Report on vaccination in Madras 1922-1929 - 1922-1929
Year: 1922
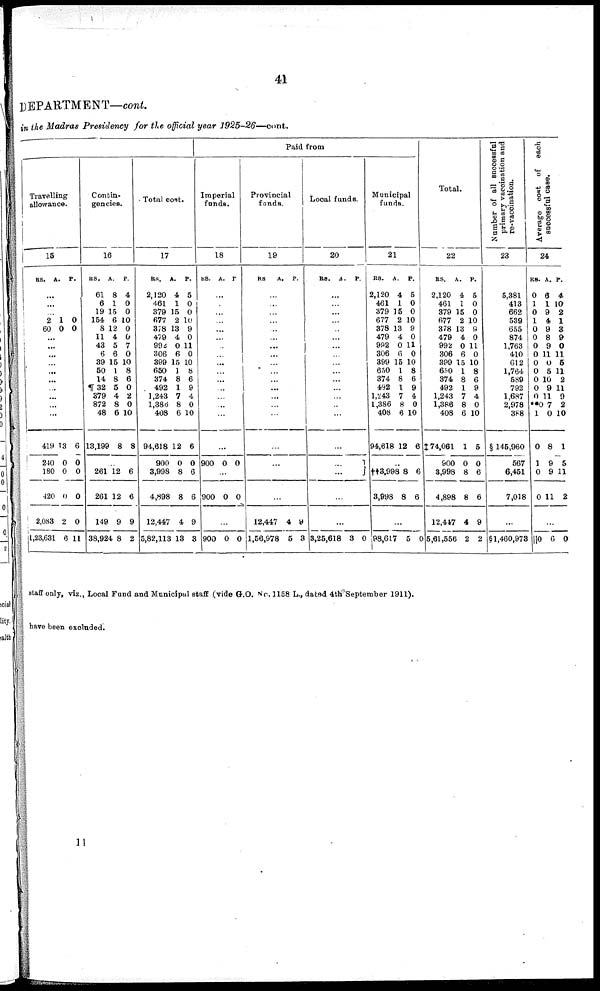
41
DEPARTMENT—cont.
in the Madras Presidency for the official year
1925-26—cont.
Paid from
Travelling
allowance.
15
RS. A. P.
...
...
...
2
60
1
0
0
0
...
...
...
...
...
...
...
...
...
...
419
240
180
420
2,083
1,23,631
13
0
0
0
2
6
6
0
0
0
0
11
Contin-
gencies.
16
RS.
61
6
19
154
8
11
43
6
39
50
14
¶32
379
872
48
13,199
A.
8
1
15
6
12
4
5
6
15
1
8
5
4
8
6
8
P.
4
0
0
10
0
0
7
0
10
8
6
0
2
0
10
8
...
261
261
149
38,924
12
12
9
8
6
6
9
2
Total cost.
17
RS.
2,120
461
379
677
378
479
992
306
399
650
374
492
1,243
l,386
408
94,618
900
3,998
4,498
12,447
5,82,113
A.
4
1
15
2
13
4
0
6
15
1
8
1
7
8
6
12
0
8
8
4
13
P.
5
0
0
10
9
0
11
0
10
8
6
9
4
0
10
6
0
6
6
9
3
Imperial
funds.
18
RS. A. P.
...
...
...
...
...
...
...
...
...
...
...
...
... ...
...
...
900 0 0
...
900 0 0
...
900 0 0
Provincial
funds.
19
RS.
A. P.
...
...
...
...
...
...
...
...
...
...
...
...
...
...
...
...
...
...
...
12,447
1,56,978
4
5
9
3
Local funds.
20
RS.
A. P.
...
...
...
...
...
...
...
...
...
...
...
...
...
...
...
...
...
...
...
...
3,25,618 3 0
Municipal
funds.
21
RS.
2,120
461
379
677
378
479
992
306
399
650
374
492
1,243
1,386
408
94,618
A.
4
1
15
2
13
4
0
6
15
1
8
1
7
8
6
12
P.
5
0
0
10
9
0
11
0
10
8
6
9
4
0
10
6
...
††3,998
3,998
8
8
6
6
...
98,617 5 0
Total.
22
RS.
2,120
461
379
677
378
479
992
306
399
650
374
492
1,243
1,386
408
‡ 74,061
900
3,998
4,898
12,447
5,61,556
A.
4
1
15
2
13
4
0
6
15
1
8
1
7
8
6
1
0
8
8
4
2
P.
5
0
0
10
9
0
11
0
10
8
6
9
4
0
10
5
0
6
6
9
2
Number of all successful
primary vaccination and
re-vaccination.
23
5,381
413
662
539
655
874
1,763
410
612
1,764
589
792
1,687
2,978
388
§ 145,960
567
6,451
7,018
...
§1,460,973
Average cost of each
successful case.
24
RS.
0
1
0
1
0
0
0
0
0
0
0
0
0
**0
1
0
1
0
0
A.
6
1
9
4
9
8
9
11
0
5
10
9
11
7
0
8
9
9
11
P.
4
10
2
1
3
9
0
11
5
11
2
11
9
2
10
1
5
11
2
...
||0 6 0
staff only, viz., Local Fund and Municipal staff (vide G.O. No. 1158 L., dated 4th September 1911).
have been excluded.
11